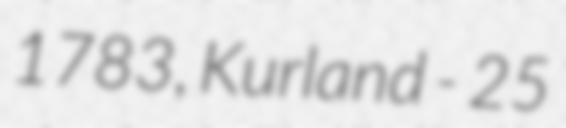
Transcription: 1783, Kurland - 25